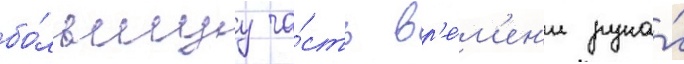
бо́льшуу ча́сть вр'е́м'ен'и рука́